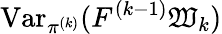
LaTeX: \operatorname{Var}_{\pi^{(k)}}(F^{(k-1)}\mathfrak{W}_{k})